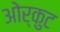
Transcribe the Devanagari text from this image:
ओर्कुट